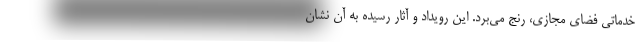
خدماتی فضای مجازی، رنج می­‌برد. این رویداد و آثار رسیده به آن نشان